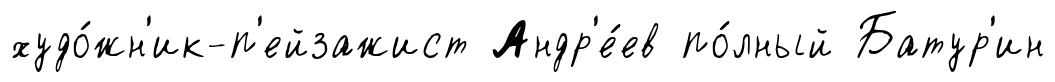
худо́жн'ик-п'ейзажист Андр'е́ев по́лный Батур'ин